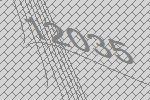
12035